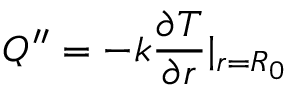
Q ^ { \prime \prime } = - k \frac { \partial T } { \partial r } | _ { r = R _ { 0 } }